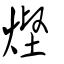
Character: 熞